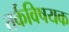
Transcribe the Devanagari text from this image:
तर्कविषयक